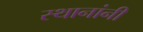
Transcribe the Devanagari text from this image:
स्थानांनी